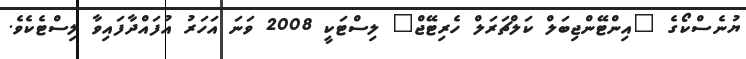
ޔުނެސްކޯގެ "އިންޓޭންޖިބަލް ކަލްޗަރަލް ހެރިޓޭޖް" ލިސްޓަކީ 2008 ވަނަ އަހަރު އުފައްދާފައިވާ ލިސްޓެކެވެ.